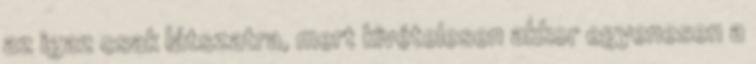
az igaz csak látszatra, mert kivételesen akkor egyenesen a